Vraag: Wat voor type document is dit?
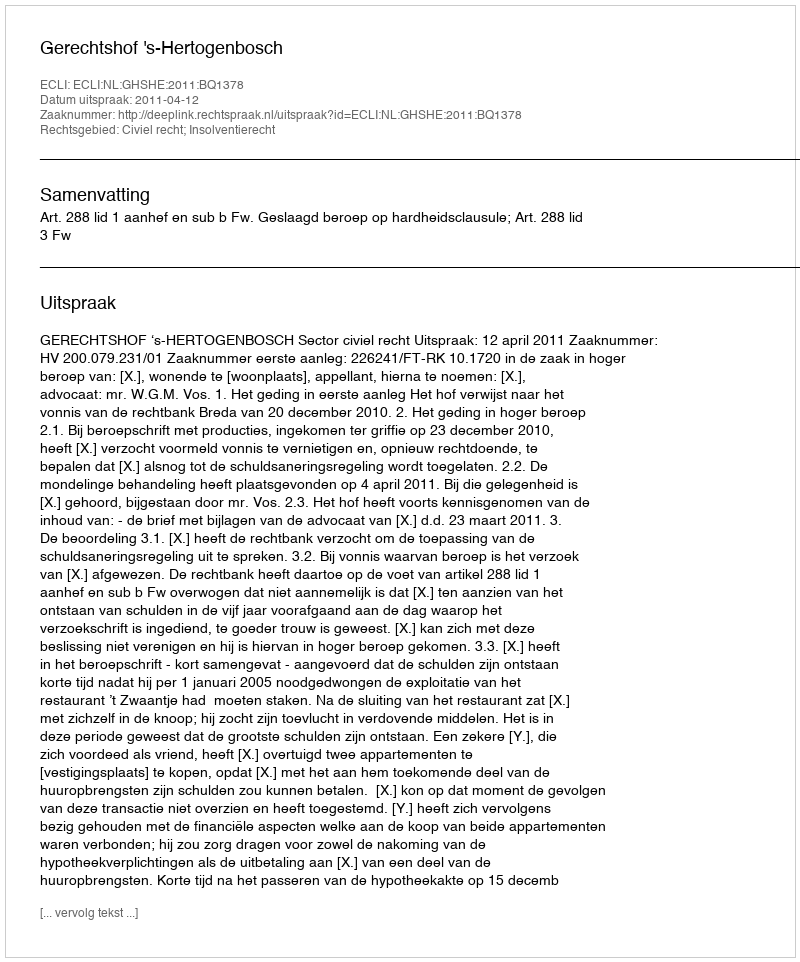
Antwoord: Uitspraak